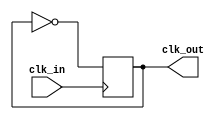
module master_clock_generator(
    input wire clk_in, 
    output reg clk_out
);

always @(posedge clk_in) begin
    // Clock generation logic
    // Implement clock generation algorithm here
    clk_out <= ~clk_out;
end

endmodule